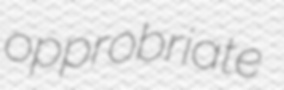
opprobriate